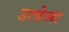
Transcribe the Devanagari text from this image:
उत्त्रेला